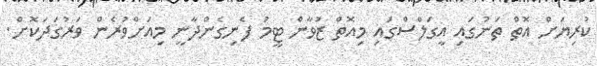
ކުރިޔަށް އޮތް ތަނުގައި އީގަލްސްގައި މިއޮތް ޒުވާން ޓީމު ފެނިގެންދާނީ މިއަށްވުރެން ވަރުގަދަކޮށް.